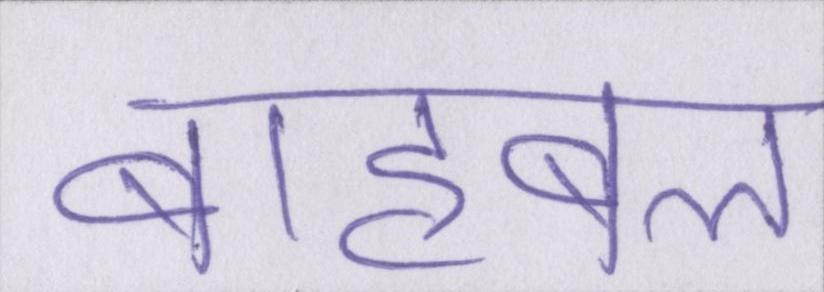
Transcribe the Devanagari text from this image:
बाहुबल